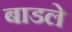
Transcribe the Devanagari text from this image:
बाडले